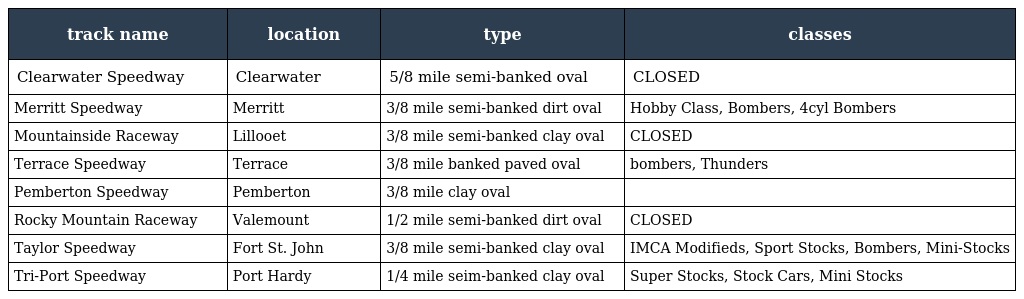
| track name | location | type | classes |
 | --- | --- | --- | --- |
 | Clearwater Speedway | Clearwater | 5/8 mile semi-banked oval | CLOSED |
 | Merritt Speedway | Merritt | 3/8 mile semi-banked dirt oval | Hobby Class, Bombers, 4cyl Bombers |
 | Mountainside Raceway | Lillooet | 3/8 mile semi-banked clay oval | CLOSED |
 | Terrace Speedway | Terrace | 3/8 mile banked paved oval | bombers, Thunders |
 | Pemberton Speedway | Pemberton | 3/8 mile clay oval |  |
 | Rocky Mountain Raceway | Valemount | 1/2 mile semi-banked dirt oval | CLOSED |
 | Taylor Speedway | Fort St. John | 3/8 mile semi-banked clay oval | IMCA Modifieds, Sport Stocks, Bombers, Mini-Stocks |
 | Tri-Port Speedway | Port Hardy | 1/4 mile seim-banked clay oval | Super Stocks, Stock Cars, Mini Stocks |